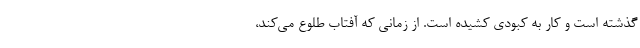
گذشته است و کار به کبودی کشیده است. از زمانی که آفتاب طلوع می‌کند،